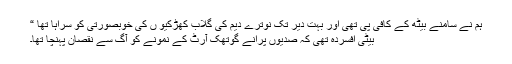
ہم نے سامنے بیٹھ کے کافی پی تھی اور بہت دیر تک نوترے دیم کی گلاب کھڑکیوِ ں کی خوبصورتی کو سراہا تھا “
بیٹی افسرده تھی کہ صدیوں پرانے گوتھک آرٹ کے نمونے کو آگ سے نقصان پہنچا تھا۔